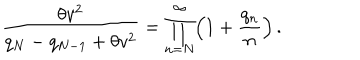
LaTeX: \displaystyle { \frac { \theta v ^ { 2 } } { q _ { N } - q _ { N - 1 } + \theta v ^ { 2 } } = \prod _ { n = N } ^ { \infty } \Bigl ( 1 + \frac { q _ { n } } { n } \Bigr ) } \, .